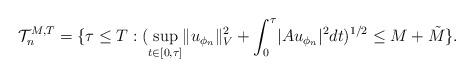
LaTeX: \begin{align*}\mathcal{T}_n^{M,T} = \{ \tau \leq T : ( \sup_{t \in [0,\tau]} \lVert u_{\phi_n} \rVert_V^2 + \int_0^\tau \lvert Au_{\phi_n} \rvert^2 dt )^{1/2} \leq M + \tilde{M} \}. \end{align*}